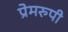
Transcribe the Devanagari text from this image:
प्रेमरुपी